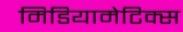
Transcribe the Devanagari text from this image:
मिडियामेटिक्स